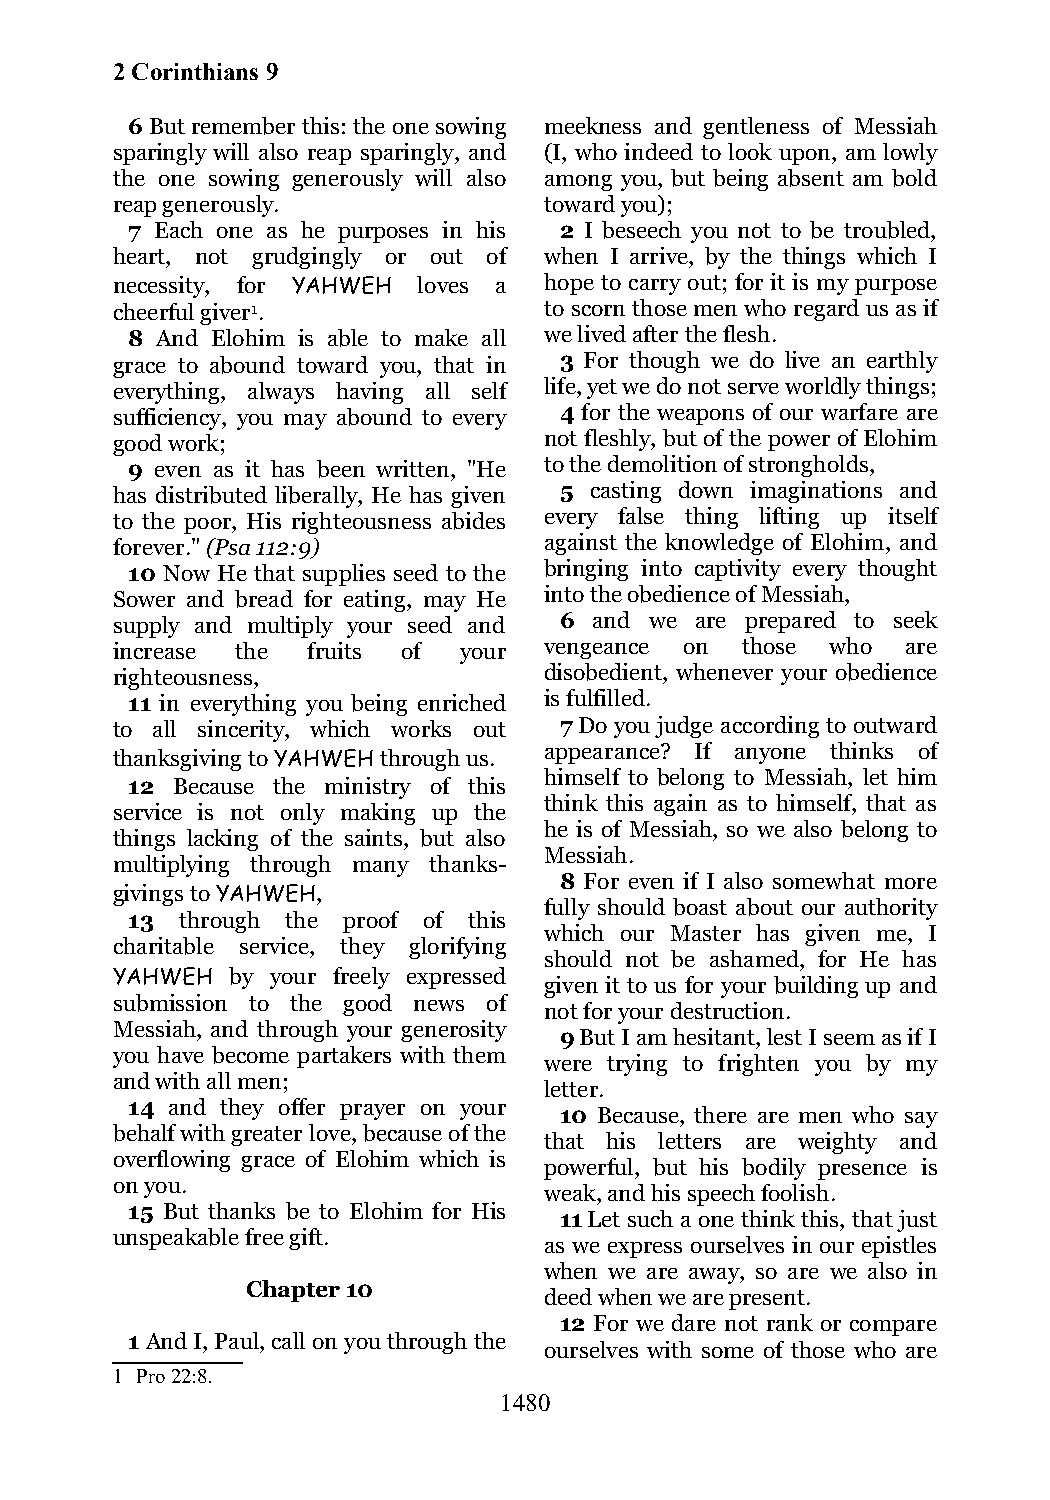
2 Corinthians 9
 6 But remember this: the one sowing meekness and gentleness of Messiah
 sparingly will also reap sparingly, and (I, who indeed to look upon, am lowly
 the one sowing generously will also among you, but being absent am bold
 reap generously.             toward you);
 7 Each one as he purposes in his 2 I beseech you not to be troubled,
 heart, not grudgingly or out of when I arrive, by the things which I
 necessity, for YAHWEH loves a hope to carry out; for it is my purpose
 cheerful giver1.             to scorn those men who regard us as if
 8 And Elohim is able to make all we lived after the flesh.
 grace to abound toward you, that in 3 For though we do live an earthly
 everything, always having all self life, yet we do not serve worldly things;
 sufficiency, you may abound to every 4 for the weapons of our warfare are
 good work;                   not fleshly, but of the power of Elohim
 9 even as it has been written, "He to the demolition of strongholds,
 has distributed liberally, He has given 5 casting down imaginations and
 to the poor, His righteousness abides every false thing lifting up itself
 forever." (Psa 112:9)        against the knowledge of Elohim, and
 10 Now He that supplies seed to the bringing into captivity every thought
 Sower and bread for eating, may He into the obedience of Messiah,
 supply and multiply your seed and 6 and we are prepared to seek
 increase the fruits of your  vengeance on those who  are
 righteousness,               disobedient, whenever your obedience
 11 in everything you being enriched is fulfilled.
 to all sincerity, which works out 7 Do you judge according to outward
 appearance? If anyone thinks of
 thanksgiving to YAHWEH through us.
 himself to belong to Messiah, let him
 12 Because the ministry of this
 think this again as to himself, that as
 service is not only making up the
 he is of Messiah, so we also belong to
 things lacking of the saints, but also
 Messiah.
 multiplying through many thanks-
 8 For even if I also somewhat more
 givings to YAHWEH,
 fully should boast about our authority
 13  through the proof of this
 which our Master has given me, I
 charitable service, they glorifying
 should not be ashamed, for He has
 YAHWEH  by your freely expressed
 given it to us for your building up and
 submission to the good news of
 not for your destruction.
 Messiah, and through your generosity
 9 But I am hesitant, lest I seem as if I
 you have become partakers with them
 were trying to frighten you by my
 and with all men;
 letter.
 14 and they offer prayer on your
 10 Because, there are men who say
 behalf with greater love, because of the
 that his letters are weighty and
 overflowing grace of Elohim which is
 powerful, but his bodily presence is
 on you.
 weak, and his speech foolish.
 15 But thanks be to Elohim for His
 11 Let such a one think this, that just
 unspeakable free gift.
 as we express ourselves in our epistles
 when we are away, so are we also in
 Chapter 10
 deed when we are present.
 12 For we dare not rank or compare
 1 And I, Paul, call on you through the
 ourselves with some of those who are
 1 Pro 22:8.
 1480